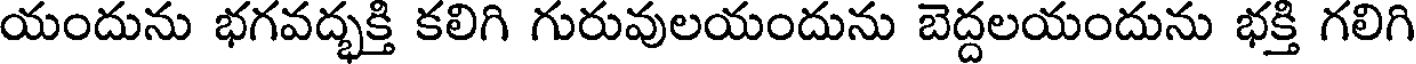
యందును భగవద్భక్తి కలిగి గురువులయందును బెద్దలయందును భక్తి గలిగి